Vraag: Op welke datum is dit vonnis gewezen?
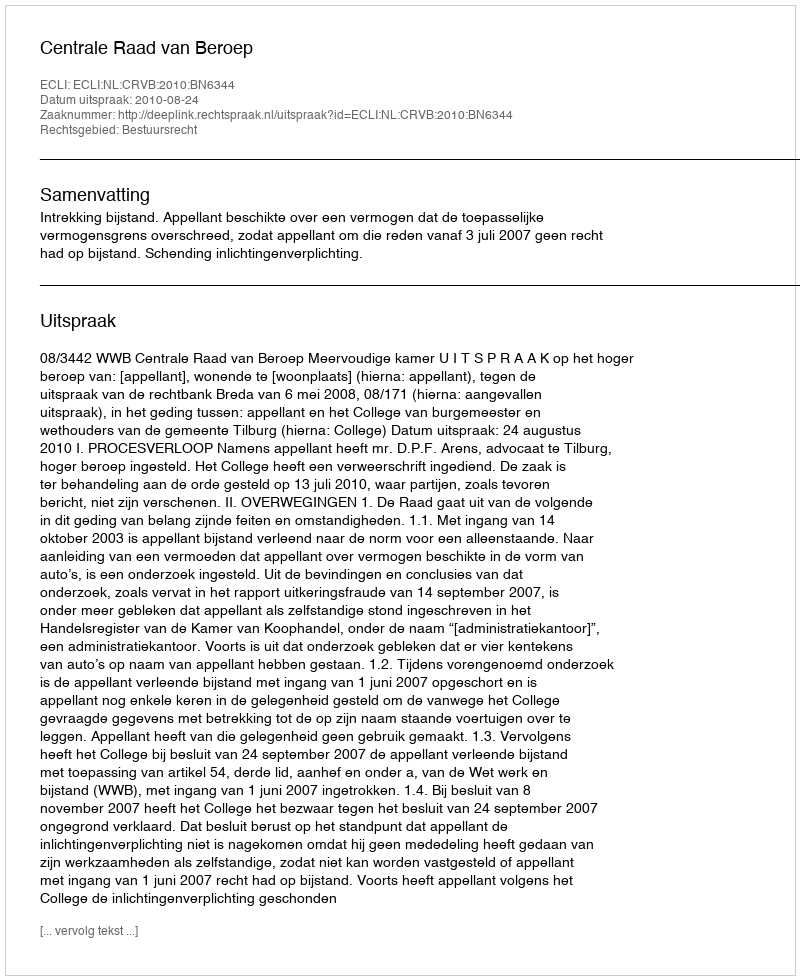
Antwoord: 2010-08-24